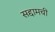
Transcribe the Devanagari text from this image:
सद्दामची